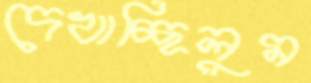
দেখাচ্ছিলুম